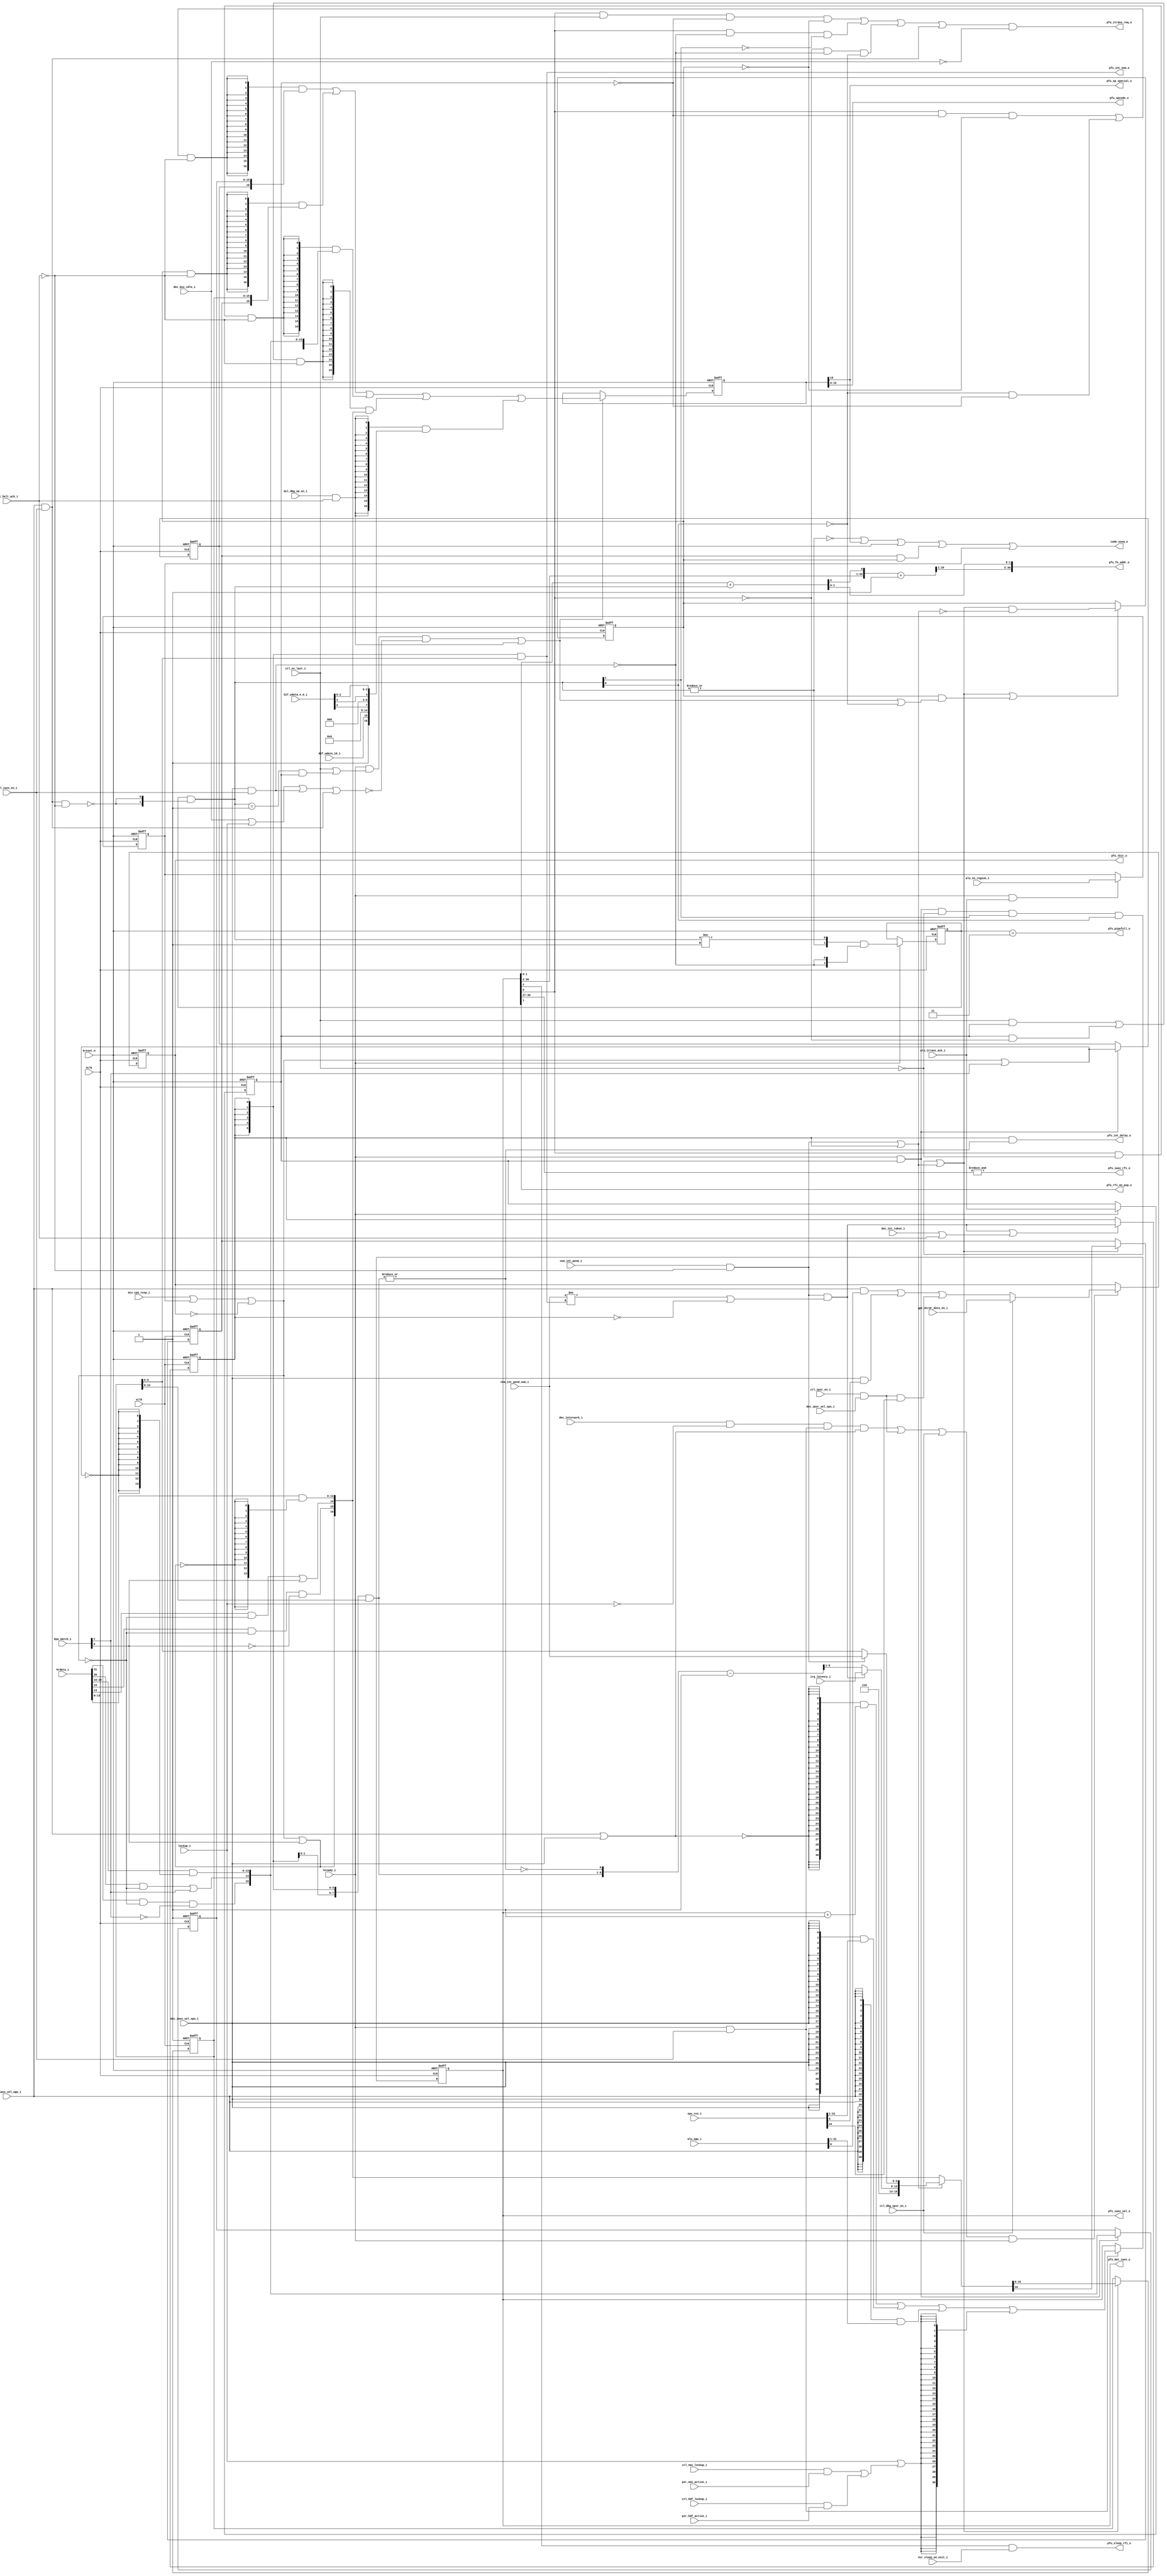
//-----------------------------------------------------------------------------
// The confidential and proprietary information contained in this file may
// only be used by a person authorised under and to the extent permitted
// by a subsisting licensing agreement from ARM Limited.
//
//            (C) COPYRIGHT 2008-2009 ARM Limited.
//                ALL RIGHTS RESERVED
//
// This entire notice must be reproduced on all copies of this file
// and copies of this file may only be made by a person if such person is
// permitted to do so under the terms of a subsisting license agreement
// from ARM Limited.
//
//      SVN Information
//
//      Checked In          : $Date: 2009-03-09 09:58:54 +0000 (Mon, 09 Mar 2009) $
//
//      Revision            : $Revision: 103214 $
//
//      Release Information : Cortex-M0-AT510-r0p0-00rel0
//-----------------------------------------------------------------------------

//-----------------------------------------------------------------------------
// CORTEX-M0 CORE INSTRUCTION PREFETCH UNIT
//-----------------------------------------------------------------------------

module cm0_core_pfu
  #(parameter CBAW = 0,
    parameter DBG  = 1,
    parameter RAR  = 0)

   (input  wire        sclk,                // system clock
    input  wire        hclk,                // gated AHB clock
    input  wire        hreset_n,            // system reset

    output wire        code_nseq_o,         // fetch non-sequential

    output wire [15:0] pfu_opcode_o,        // opcode for decoder
    output wire        pfu_op_special_o,    // opcode is special
    output wire [30:0] pfu_fe_addr_o,       // half-word fetch address
    output wire        pfu_iaex_rfi_o,      // IAEX value is an EXC_RETURN
    output wire        pfu_itrans_req_o,    // prefetch transaction request
    output wire        pfu_rfi_on_psp_o,    // EXC_RETURN selects PSP
    output wire        pfu_sleep_rfi_o,     // returning to Thread with SoE
    output wire        pfu_tbit_o,          // architectural T-bit
    output wire [30:0] pfu_iaex_val_o,      // instruction address of execute
    output wire [30:0] pfu_dwt_iaex_o,      // PCSR value for watchpoint unit
    output wire [ 5:0] pfu_int_num_o,       // registered exception number
    output wire        pfu_int_delay_o,     // delay for jitter suppression
    output wire        pfu_pipefull_o,      // pipeline is full

    input  wire        hready_i,            // AHB ready / core advance
    input  wire [31:0] hrdata_i,            // AHB read-data
    input  wire [ 7:0] irq_latency_i,       // interrupt latency value
    input  wire        lockup_i,            // core is in LOCKUP

    input  wire [31:0] alu_agu_i,           // address for ALU
    input  wire        alu_itrans_ack_i,    // fetch transaction acknowledge
    input  wire        alu_xn_region_i,     // fetch is to execute-never region
    input  wire [ 1:0] bpu_match_i,         // breakpoint unit matches fetch
    input  wire        ctl_ex_last_i,       // core retiring
    input  wire        ctl_iaex_en_i,       // enable update of IAEX (PC)
    input  wire        ctl_xpsr_en_i,       // write to xPSR (including T-bit)
    input  wire        ctl_dbg_xpsr_en_i,   // debug xPSR access
    input  wire        ctl_nmi_lockup_i,    // inject LOCKUP on NMI fetch
    input  wire        ctl_hdf_lockup_i,    // inject LOCKUP on HardFault fetch
    input  wire        ctl_halt_ack_i,      // core has halted
    input  wire        dec_bus_idle_i,      // core forces bus to idle
    input  wire        dec_interwork_i,     // interworking update, sets T-bit
    input  wire        dec_iaex_sel_agu_i,  // update IAEX from ALU address
    input  wire        dec_iaex_sel_spu_i,  // update IAEX from load-data
    input  wire        dec_xpsr_sel_spu_i,  // update T-bit from load-data
    input  wire        dec_int_taken_i,     // interrupt taken
    input  wire        dif_wdata_16_i,      // DCRSR write data
    input  wire [ 4:0] dif_wdata_4_0_i,     // DCRSR write data
    input  wire        gpr_dcrdr_data_24_i, // T-bit from previous DCRDR write
    input  wire        msl_dbg_op_en_i,     // load opcode on DCRSR
    input  wire        mtx_cpu_resp_i,      // AHB error response
    input  wire        nvm_int_pend_i,      // interrupt pending
    input  wire [ 5:0] nvm_int_pend_num_i,  // pending interrupt number
    input  wire        nvr_sleep_on_exit_i, // NVIC SLEEPONEXIT bit
    input  wire        psr_nmi_active_i,    // IPSR is NMI
    input  wire        psr_hdf_active_i,    // IPSR is HardFault
    input  wire [31:0] spu_res_i);          // load data from SPU

   // ------------------------------------------------------------
   // Configurability
   // ------------------------------------------------------------

   wire       cfg_dbg = (CBAW == 0) ? (DBG != 0) : 1'bZ;
   wire       cfg_rar = (CBAW == 0) ? (RAR != 0) : 1'bZ;

   // ------------------------------------------------------------
   // Local prefetch control and buffer state
   // ------------------------------------------------------------

   reg         tbit;       // architectural Thumb-state bit

   reg  [30:0] iaex;       // address of instruction in execute
   reg  [ 1:0] delta;      // gap between fetch address and iaex

   reg  [16:0] ibuf_de;    // opcode buffer
   reg  [16:0] ibuf_hi;    // primary opcode holding buffer
   reg  [16:0] ibuf_lo;    // secondary opcode holding buffer

   reg         data_phase; // I-side data-phase tracker
   reg         lo_valid;   // contents of ibuf_lo valid flag
   reg         xn_fault;   // data-phase for XN fetch
   reg         delay_mode; // IRQ jitter suppression active flag

   // ------------------------------------------------------------
   // Mask inputs based upon configuration
   // ------------------------------------------------------------

   wire        halt_ack      = cfg_dbg ? ctl_halt_ack_i    : 1'b0;
   wire        dbg_xpsr_en   = cfg_dbg ? ctl_dbg_xpsr_en_i : 1'b0;
   wire [ 4:0] dif_wdata_4_0 = cfg_dbg ? dif_wdata_4_0_i   : 5'b0;
   wire        dif_wdata_16  = cfg_dbg ? dif_wdata_16_i    : 1'b0;

   // ------------------------------------------------------------
   // Generate extra reset signal for reset-all-registers config
   // ------------------------------------------------------------

   wire        rar_reset_n   = cfg_rar ? hreset_n : 1'b1;

   // ------------------------------------------------------------
   // IAEX looks like a return-from-interrupt
   // ------------------------------------------------------------

   // exception return is invoked by either POP {...,PC} or BX
   // instructions updating the PC with a value of the form
   // 0xF???????

   wire        iaex_rfi  = &iaex[30:27];

   // determine should it be a return whether we should unstack
   // from the PSP or not

   wire        rfi_on_psp = iaex[1];

   // ------------------------------------------------------------
   // Sleep-on-exit return type
   // ------------------------------------------------------------

   // once performing the return, iaex[2] indicates whether we
   // are returning to Thread-mode or not; if we are, and the
   // SLEEPONEXIT bit within the NVIC is set, then the execute
   // state-machine should enter sleep at the earliest
   // opportunity

   wire        sleep_rfi = iaex[2] & nvr_sleep_on_exit_i;

   // ------------------------------------------------------------
   // Identify bus load and AGU move to the PC
   // ------------------------------------------------------------

   // execute can request updates to the PC either via a move
   // type operation, or via a load type operation; move type
   // operations are required to have performed the address
   // phase for the PFU, where as load type operations will
   // result in the PFU issuing an address phase in the following
   // cycle

   wire        load_to_pc = dec_iaex_sel_spu_i & ctl_iaex_en_i;
   wire        move_to_pc = dec_iaex_sel_agu_i & ctl_iaex_en_i;

   // ------------------------------------------------------------
   // IAEX delta control
   // ------------------------------------------------------------

   // on an program flow change, e.g. branch or PC load, the
   // iaex register contains the address of the instruction we
   // would *like* to be in execute, at that moment in time it
   // is also the fetch address, suitable for placing on the bus;
   // on each subsequent HREADY cycle, the delta count is advanced
   // until the iaex instruction really is in execute, at which
   // point the fetch-address and iaex value are at there normal
   // distances apart

   // delta is effectively a saturating 2-bit up counter:
   //   00 -> 01 -> 10 -> 11 -> 11

   wire        delta_msk = move_to_pc & ~halt_ack;
   wire [ 1:0] delta_val = delta & {2{~delta_msk}};

   wire [ 1:0] delta_nxt = ( { |delta_val, delta_val != 2'b01 } &
                             {2{~load_to_pc}} );

   // ------------------------------------------------------------
   // Generate fetch addr / decode-time-PC or masked return-PC
   // ------------------------------------------------------------

   // this is generated as a 2-bit full adder with carry-out
   // chained to a 30-bit half adder to provide optimal synthesis
   // results; this is equivalent to:

   //    wire [30:0] fe_addr = iaex + delta_val;

   wire [ 2:0] fe_f_add = iaex[1:0] + delta_val[1:0];
   wire [29:0] fe_h_add = { iaex[30:2], fe_f_add[2] } + 1'b1;

   wire [30:0] fe_addr  = { fe_h_add[29:1],   // top from half-add
                            fe_f_add[ 1:0] }; // bot from full-add

   // ------------------------------------------------------------
   // Advance IAEX
   // ------------------------------------------------------------

   // for simply sequential execution, the instruction address in
   // execute (iaex) is incremented everytime an instruction
   // retires from execute, this is signalled via iaex_en without
   // an accompanying iaex_agu or iaex_spu signal

   // for branches and MOV to PC, the value from the core_alu is
   // provided with iaex_agu

   // for POP {...,PC}, vector loads and return from exception,
   // the value from core_spu is provided with iaex_spu

   // in addition to these three normal behaviours, the ARMv6-M
   // architecture defines a LOCKUP scenario, whereby the PC is
   // set to 0xFFFFFFFF; Cortex-M0 implements this via an execute
   // time lockup signal (lockup_i) and via a defered lock-on
   // signals for both HardFault and NMI; the execute signal
   // takes immediate effect, whilst the HardFault and NMI
   // deferred LOCKUPs function by overriding the vector fetch, or
   // first PC fetched on entry, or return to NMI and HardFault
   // level respectively

   wire [30:0] iaex_inc = iaex + 1'b1;

   wire        iaex_seq = ~(dec_iaex_sel_agu_i | dec_iaex_sel_spu_i);

   wire        late_lock = ( ctl_nmi_lockup_i & psr_nmi_active_i |
                             ctl_hdf_lockup_i & psr_hdf_active_i );

   wire [30:0] iaex_nxt = ( {31{iaex_seq}} & iaex_inc |
                            {31{dec_iaex_sel_spu_i}} & spu_res_i[31:1] |
                            {31{dec_iaex_sel_agu_i}} & alu_agu_i[31:1] |
                            {31{lockup_i | late_lock}} );

   wire        iaex_en  = hready_i & ctl_iaex_en_i;

   // ------------------------------------------------------------
   // T-bit control
   // ------------------------------------------------------------

   // the Thumb State bit (T-bit) can be updated via any
   // interworking instruction (POP {..,PC}, BX, BLX), exception
   // entry (based upon bit[0] of the vector value), on
   // exception return (based upon bit[24] of the stacked xPSR),
   // or via a direct xPSR write in debug (again on bit[24]); it
   // is not possible to modify the T-bit using an MSR instruction

   // the T-bit update cycle during exception return is the
   // same cycle that the exception-number gets loaded from
   // memory; the interworking cases are identical to the iaex
   // rules, but only applied when signalled as being from an
   // interworking instruction by execute, and not a transition
   // to LOCKUP

   wire        xpsr_load    = ctl_xpsr_en_i & dec_xpsr_sel_spu_i;

   wire        tbit_nxt_raw = ( dec_iaex_sel_agu_i & alu_agu_i[0] |
                                dec_iaex_sel_spu_i & spu_res_i[0] |
                                xpsr_load & spu_res_i[24] );

   wire        tbit_nxt     = dbg_xpsr_en ? gpr_dcrdr_data_24_i : tbit_nxt_raw;

   wire        interwork    = ( dec_interwork_i &
                                ~lockup_i &
                                iaex_en &
                                ~iaex_seq );

   wire        tbit_en      = ( interwork   |
                                xpsr_load   |
                                dbg_xpsr_en ) & hready_i;

   // ------------------------------------------------------------
   // Generate debug opcode
   // ------------------------------------------------------------

   // the ARMv6-M debug architecture defines the DCRSR, which
   // is used to provoke the core to accept or return the current
   // values of the register file and/or status flags; to reduce
   // gate count, this is implemented simply by allowing the
   // debugger to write into the opcode register whilst the core
   // is halted; the operation is driven on dif_wdata, with
   // bit[16] being 0 indicating a read request, and 1 indicating
   // a write request, the register mappings are as follows:

   //          +++++-- dif_wdata[4:0]
   //          |||||
   //   r0     00000
   //   r1     00001
   //          0....
   //   r13    01101
   //   r14    01110
   //   PC     01111
   //   xPSR   10000
   //   MSP    10001
   //   PSP    10010
   //   misc   10100 {CONTROL, PRIMASK}

   wire        dbg_op_en_ok = msl_dbg_op_en_i & halt_ack;
   wire        dbg_op_en    = cfg_dbg ? dbg_op_en_ok : 1'b0;

   wire [16:0] dcrsr_op_raw = { 1'b1,               // special
                                dif_wdata_16,       // 15
                                {7{1'b0}},          // 14:8
                                dif_wdata_4_0[3],   // 7
                                {3{1'b0}},          // 6:4
                                dif_wdata_4_0[4],   // 3
                                dif_wdata_4_0[2],   // 2
                                dif_wdata_4_0[1],   // 1
                                dif_wdata_4_0[0] }; // 0

   wire [16:0] dcrsr_op = cfg_dbg ? dcrsr_op_raw : {17{1'b0}};

   // ------------------------------------------------------------
   // Generate debug pipefull
   // ------------------------------------------------------------

   // in order to implement PC watchpoints in the DWT, it is also
   // necessary to determine when the PC should be sampled so
   // as to generate an asynchronous event; in order to prevent
   // triggering during a PFU re-fill following a branch type
   // operation (which would result in a synchronous halt on
   // final decode of the target instruction), it is necessary
   // to determine whether or not the re-fill is complete

   wire        pipefull = delta[1:0] == 2'b11;

   // ------------------------------------------------------------
   // Generate read data values with special bits for faults/BKPTs
   // ------------------------------------------------------------

   // HRESP errors, execute never (XN) faults, and execution with
   // the T-bit clear are all handled in an identical manner as
   // ARMv6-M does not provide any status information to allow
   // programmer model differentiation between the respective
   // causes; the granularity of these exceptions is the entire
   // fetch

   wire        fe_fault = mtx_cpu_resp_i | xn_fault | ~tbit;

   // in addition to faults, breakpoints are also implemented
   // via the fetch mechanism, however, the granularity is
   // half-word, with each of the BPU match signals from the BPU
   // indicating whether the top or bottom half of the fetched
   // word triggered a hit

   wire        debug_hi = bpu_match_i[1];
   wire        debug_lo = bpu_match_i[0];

   // in addition to a 16-bit opcode, the core decoder also
   // accepts a 17th "special" bit; this bit indicates that
   // the opcode is not an ARMv6-M instruction, and is instead
   // either a breakpointed or a faulting instruction, each of
   // the two final special+opcode combinations is either:

   //                SPECIAL  OPCODE
   //   instruction  0        <opcode>
   //   breakpoint   1        010....0
   //   fault        1        000....0

   // with breakpoints having priority over faults, the lower
   // 14-bits are not used, but are masked as for XN faults
   // no-address phase was actually issued, so HRDATA may
   // contain X's

   wire        special_hi = fe_fault | debug_hi;
   wire        special_lo = fe_fault | debug_lo;

   wire [16:0] rdata_hi =
               { special_hi,
                 hrdata_i[31]    & ~fe_fault & ~debug_hi,
                 hrdata_i[30]    & ~fe_fault |  debug_hi,
                 hrdata_i[29:16] & {14{~special_hi}} };

   wire [16:0] rdata_lo =
               { special_lo,
                 hrdata_i[15]    & ~fe_fault & ~debug_lo,
                 hrdata_i[14]    & ~fe_fault |  debug_lo,
                 hrdata_i[13: 0] & {14{~special_lo}} };

   // ------------------------------------------------------------
   // Data-phase tracker generation
   // ------------------------------------------------------------

   // data_phase_nxt derives whether this cycle is an address
   // phase for an instruction fetch, either as the result of
   // a fetch issued by the PFU, or as the result of a transaction
   // issued by execute's AGU

   // transactions are issued so as to ensure that the opcode
   // buffer will be populated in time to ensure that no stall
   // cycles are introduced in execute due to starvation,
   // this requires a fetch every other cycle for single cycle
   // operations, or fetches back-to-back following a branch
   // to a non-word aligned target

   wire        itrans_req_raw =
               (  iaex[0] & ctl_ex_last_i & ~data_phase & ~lo_valid |
                  iaex[0] & ~load_to_pc & ~delta_val[1] |
                 ~iaex[0] & ~load_to_pc & ~delta_val[0] |
                  move_to_pc );

   wire        itrans_req     = itrans_req_raw & ~dec_bus_idle_i;
   wire        data_phase_nxt = alu_itrans_ack_i;

   // CODENSEQ is provided as a performance hint to the memory
   // system, it guarantees that the current instruction fetch
   // is sequential to the previous instruction fetch unless it
   // signals otherwise; note that CODENSEQ is pessimistic in
   // implementation so as to ensure correct behaviour at minimal
   // gate cost

   wire        code_nseq     = ( ~|delta_val  |
                                  ibuf_de[16] |
                                  ibuf_hi[16] |
                                  ibuf_lo[16] & lo_valid |
                                  xn_fault );

   // ------------------------------------------------------------
   // Instruction buffer enable generation
   // ------------------------------------------------------------

   // ibuf_de holds the opcode currently in decode; this requires
   // updating on a pipe-refill following a branch/load-PC
   // (detected by the current IAEX delta value), on retirement
   // of a real-instruction, or via an instruction forced in via
   // the debug DCRSR

   // in order to reduce power due to unnecessary enables, and to
   // prevent potential loading of 'X' data from validation,
   // enabling needs suppressing if the address/data phase of the
   // transaction gets retracted, or if a program flow change
   // occurs, i.e. the subsequent instructions will not get
   // executed

   wire        ibuf_refill = (delta_val == 2'b01) & data_phase;
   wire        ibuf_retire = ctl_ex_last_i | ibuf_refill;

   wire        ibuf_hold   = ( dec_bus_idle_i | lockup_i |
                               load_to_pc | move_to_pc);

   wire        ibuf_de_en  = ( hready_i & ibuf_retire & ~ibuf_hold |
                               dbg_op_en );

   // ibuf_hi is used to hold the upper 16-bits of each 32-bit
   // AHB fetch request; as such its enable is simply based on
   // an instruction side data-phase being underway; this results
   // in the frequency of ibuf_hi_en being roughly half that of
   // ibuf_de_en

   wire        ibuf_hi_en = hready_i & data_phase;

   // ibuf_lo serves two purposes; the first is to temporarily
   // store the lower 16-bits of an AHB fetch in the cases where
   // the opcode in ibuf_de is stalled by a multi-cycle operation
   // in execute; the second is to perform cycle counting for
   // interrupt jitter suppression

   // the interrupt jitter suppression task takes precedence
   // over opcode buffering as the resultant interrupt will
   // result in the opcode being redundant

   wire        int_pend   = nvm_int_pend_i & ~halt_ack;
   wire        int_mode   = int_pend | delay_mode;

   wire        fe_third    = ( ibuf_hi_en & ~ctl_ex_last_i &
                              delta_val[1] & delta_val[0] );

   wire        ibuf_lo_en = fe_third | int_mode;

   // normally the next value for ibuf_de is taken either from
   // ibuf_hi or from AHB, however, in the case where a fetch
   // has been stored in ibuf_lo, we must take the opcode from
   // there; the validity of ibuf_lo is tracked in an additional
   // register which is set whenever ibuf_lo is loaded, and
   // cleared when it is either consumed, or when a branch/load-PC
   // makes ibuf_lo obsolete

   wire        lo_flush     = lo_valid & (ibuf_de_en | ~delta_val[0]);
   wire        lo_valid_nxt = ibuf_lo_en & ~int_mode;
   wire        lo_valid_en  = ibuf_lo_en | lo_flush;

   // ------------------------------------------------------------
   // Interrupt jitter suppression logic
   // ------------------------------------------------------------

   // to remove interrupt jitter, the PFU maintains a count of
   // SCLK cycles since either the NVIC int-pend input became
   // set, or the priority of the highest pending interrupt
   // changed

   // the 8-bit cycle count is stored in bits[13:6] of the ibuf_lo
   // register, whilst the last 6-bit interrupt (IPSR) number is
   // retained in bits[5:0]; these are masked with being in
   // delay_mode in order to reduce dynamic power

   wire [ 5:0] int_num       = {6{delay_mode}} & ibuf_lo[5:0];
   wire [ 7:0] int_count     = {8{delay_mode}} & ibuf_lo[13:6];

   wire        int_num_diff  = nvm_int_pend_num_i != int_num;
   wire        reset_count   = int_pend & (int_num_diff | ~delay_mode);
   wire        count_active  = |int_count;

   // int_count_dec is implemented in a similar way to fe_addr,
   // infering a half-subtract chain rather than a full-subtractor,
   // this is equivalent to:

   //    wire [ 7:0] int_count_dec = int_count - (count_active);

   wire [ 8:0] int_count_sub = { int_count, ~count_active } - 1'b1;
   wire [ 7:0] int_count_dec = int_count_sub[8:1];

   wire [ 7:0] int_count_nxt = reset_count ? irq_latency_i : int_count_dec;

   wire        delay_mode_set = reset_count;
   wire        delay_mode_clr = dec_int_taken_i | halt_ack;
   wire        delay_mode_en  = delay_mode_set | delay_mode_clr;
   wire        delay_mode_nxt = delay_mode_set;

   wire        int_delay      = delay_mode & count_active;

   wire [ 5:0] pend_num_nxt   = int_pend ? nvm_int_pend_num_i : ibuf_lo[5:0];
   wire [16:0] ibuf_lo_delay  = {3'b110, int_count_nxt, pend_num_nxt};

   // ------------------------------------------------------------
   // Instruction buffer selection update logic
   // ------------------------------------------------------------

   // the decode opcode buffer, ibuf_de, has five potential
   // sources for its next opcode; either of the other two
   // instruction buffers, either half of the AHB bus, or
   // directly from the debug write-data for DCRSR operations

   // if not in debug, then:
   //
   //   - select ibuf_hi if IAEX is word aligned and we are
   //     not in a data-phase and ibuf_lo isn't valid,
   //     or, we are refilling and not in a data-phase
   //
   //   - select ibuf_lo if it is valid
   //
   //   - select the upper half of the AHB if IAEX is unaligned
   //     and we are not yet executing any instruction, e.g.
   //     as the result of a branch to a half-word aligned
   //     address
   //
   //   - select the lower half of the AHB IAEX is aligned and
   //     we are in a data-phase, i.e. normal fetch behaviour
   //
   // else, if debug and a DCRSR write is performed
   //
   //   - use the DCRSR generated opcode

   wire        use_buf_hi = ( iaex[0] & ~data_phase & ~lo_valid |
                              ~delta_val[0] & ~data_phase );

   wire        use_buf_lo = lo_valid;

   wire        use_bus_hi = iaex[0] & ~ctl_ex_last_i;

   wire        use_bus_lo = ( ctl_ex_last_i & data_phase |
                              data_phase & ~iaex[0] );

   // factor in halt acknowledge

   wire        sel_buf_hi = use_buf_hi & ~halt_ack;
   wire        sel_buf_lo = use_buf_lo & ~halt_ack;
   wire        sel_bus_hi = use_bus_hi & ~halt_ack;
   wire        sel_bus_lo = use_bus_lo & ~halt_ack;
   wire        sel_dbg_op = dbg_op_en;

   // use select signals to multiplex between the five options
   // for ibuf_de; ibuf_hi is only ever loaded from AHB, whilst
   // ibuf_lo has the option of either being loaded from the
   // lower half of AHB, or from the delay timer logic

   wire [16:0] ibuf_de_nxt = ( {17{sel_buf_hi}} & ibuf_hi  |
                               {17{sel_buf_lo}} & ibuf_lo  |
                               {17{sel_bus_hi}} & rdata_hi |
                               {17{sel_bus_lo}} & rdata_lo |
                               {17{sel_dbg_op}} & dcrsr_op );

   wire [16:0] ibuf_hi_nxt = rdata_hi;
   wire [16:0] ibuf_lo_nxt = int_mode ? ibuf_lo_delay : rdata_lo;

   // ------------------------------------------------------------
   // Execute never (XN) early HRESP fault generation
   // ------------------------------------------------------------

   // the ALU determines whether or not an instruction fetch is
   // to an execute never (XN) region during its address phase;
   // this must be registered for use in the opcode fetch
   // data-phase

   wire        xn_fault_nxt = alu_xn_region_i;
   wire        xn_fault_en  = hready_i & data_phase_nxt;

   // ------------------------------------------------------------
   // Synchronous state update
   // ------------------------------------------------------------

   // delay_mode needs to run of SCLK in order to provide the
   // correct response even if HCLK is being gated via SLEEPING

   always @(posedge sclk or negedge hreset_n)
     if(~hreset_n)
       delay_mode <= 1'b0;
     else if(delay_mode_en)
       delay_mode <= delay_mode_nxt;

   always @(posedge hclk or negedge hreset_n)
     if(~hreset_n)
       delta <= 2'b11;
     else if(hready_i)
       delta <= delta_nxt;

   always @(posedge hclk or negedge hreset_n)
     if(~hreset_n)
       iaex <= {31{1'b1}};
     else if(iaex_en)
       iaex <= iaex_nxt;

   always @(posedge hclk or negedge hreset_n)
     if(~hreset_n)
       data_phase <= 1'b0;
     else if(hready_i)
       data_phase <= data_phase_nxt;

   always @(posedge hclk or negedge hreset_n)
     if(~hreset_n)
       lo_valid <= 1'b0;
     else if(lo_valid_en)
       lo_valid <= lo_valid_nxt;

   // ibuf_lo contains the interrupt jitter counter so, like
   // delay_mode, also requires clocking using SCLK

   always @(posedge sclk or negedge hreset_n)
     if(~hreset_n)
       ibuf_lo[16] <= 1'b1;
     else if(ibuf_lo_en)
       ibuf_lo[16] <= ibuf_lo_nxt[16];

   always @(posedge sclk or negedge rar_reset_n)
     if(~rar_reset_n)
       ibuf_lo[15:0] <= {16{1'b1}};
     else if(ibuf_lo_en)
       ibuf_lo[15:0] <= ibuf_lo_nxt[15:0];

   always @(posedge hclk or negedge hreset_n)
     if(~hreset_n)
       ibuf_hi[16] <= 1'b1;
     else if(ibuf_hi_en)
       ibuf_hi[16] <= ibuf_hi_nxt[16];

   always @(posedge hclk or negedge rar_reset_n)
     if(~rar_reset_n)
       ibuf_hi[15:0] <= {16{1'b1}};
     else if(ibuf_hi_en)
       ibuf_hi[15:0] <= ibuf_hi_nxt[15:0];

   always @(posedge hclk or negedge hreset_n)
     if(~hreset_n)
       ibuf_de <= {17{1'b1}};
     else if(ibuf_de_en)
       ibuf_de <= ibuf_de_nxt;

   always @(posedge hclk or negedge hreset_n)
     if(~hreset_n)
       tbit <= 1'b1;
     else if(tbit_en)
       tbit <= tbit_nxt;

   always @(posedge hclk or negedge hreset_n)
     if(~hreset_n)
       xn_fault <= 1'b1;
     else if(xn_fault_en)
       xn_fault <= xn_fault_nxt;

   // ------------------------------------------------------------
   // Output assignments
   // ------------------------------------------------------------

   assign      code_nseq_o      = code_nseq;
   assign      pfu_opcode_o     = ibuf_de[15:0];
   assign      pfu_op_special_o = ibuf_de[16];
   assign      pfu_fe_addr_o    = fe_addr;
   assign      pfu_iaex_rfi_o   = iaex_rfi;
   assign      pfu_rfi_on_psp_o = rfi_on_psp;
   assign      pfu_itrans_req_o = itrans_req;
   assign      pfu_sleep_rfi_o  = sleep_rfi;
   assign      pfu_tbit_o       = tbit;
   assign      pfu_iaex_val_o   = iaex[30:0];
   assign      pfu_int_num_o    = int_num;
   assign      pfu_int_delay_o  = int_delay;
   assign      pfu_dwt_iaex_o   = cfg_dbg ? iaex[30:0] : 31'b0;
   assign      pfu_pipefull_o   = cfg_dbg ? pipefull   :  1'b0;

   // ------------------------------------------------------------

`ifdef ARM_ASSERT_ON
   // ------------------------------------------------------------
   // Assertions
   // ------------------------------------------------------------

 `include "std_ovl_defines.h"

   // register enable X check
   assert_never_unknown
     #(`OVL_FATAL,10,`OVL_ASSERT,"Register enables must never be X")
   u_asrt_reg_en_x
     (.clk       (hclk),
      .reset_n   (hreset_n),
      .qualifier (1'b1),
      .test_expr ({ delay_mode_en,
                    hready_i,
                    iaex_en,
                    hready_i,
                    lo_valid_en,
                    ibuf_lo_en,
                    ibuf_hi_en,
                    ibuf_de_en,
                    tbit_en,
                    xn_fault_en }));

   // check that a consistent source is choosen for next IAEX
   assert_implication
     #(`OVL_FATAL,`OVL_ASSERT,"Next IAEX value must be consistent")
   u_asrt_iaex_next
     (.clk(hclk), .reset_n(hreset_n),
      .antecedent_expr(iaex_en),
      .consequent_expr(lockup_i | late_lock |
                       ((iaex_nxt == alu_agu_i[31:1]) | ~dec_iaex_sel_agu_i) &
                       ((iaex_nxt == spu_res_i[31:1]) | ~dec_iaex_sel_spu_i) &
                       ((iaex_nxt == iaex_inc) | ~iaex_seq)));

   // check that a consistent source is choosen for next T-bit
   assert_implication
     #(`OVL_FATAL,`OVL_ASSERT,"Next T-bit value must be consistent")
   u_asrt_tbit_next
     (.clk(hclk), .reset_n(hreset_n),
      .antecedent_expr(tbit_en),
      .consequent_expr(dbg_xpsr_en |
                       ((tbit_nxt == alu_agu_i[0])  | ~dec_iaex_sel_agu_i) &
                       ((tbit_nxt == spu_res_i[0])  | ~dec_iaex_sel_spu_i) &
                       ((tbit_nxt == spu_res_i[24]) | ~xpsr_load)));

   // check implementation optimised fe_addr matches behavioural
   wire [30:0] asrt_fe_addr = iaex + delta_val;

   assert_always
     #(`OVL_ERROR,`OVL_ASSERT,
       "Implemented fe_addr must equal iaex + delta_val")
   u_asrt_fe_addr_ok
     (.clk(hclk),
      .reset_n(hreset_n),
      .test_expr( fe_addr == asrt_fe_addr ));

   // check implementation optimised int_count_dec matches behavioural
   wire [ 7:0] asrt_int_count_dec = int_count - (count_active);

   assert_always
     #(`OVL_ERROR,`OVL_ASSERT,
       "Implemented int_count_dec must equal int_count - count_active")
   u_asrt_int_dec_count_ok
     (.clk(hclk),
      .reset_n(hreset_n),
      .test_expr( int_count_dec == asrt_int_count_dec ));

   // Check that a single source is chosen when updating opcode
   wire [4:0]  asrt_op_src = { sel_buf_hi, sel_buf_lo,
                               sel_bus_hi, sel_bus_lo,
                               sel_dbg_op };

   assert_one_hot
     #(`OVL_FATAL,5,`OVL_ASSERT,
       "Exactly one source must be selected for next opcode")
   u_asrt_next_op
     (.clk(hclk), .reset_n(hreset_n),
      .test_expr((ibuf_de_en & ~int_mode) ? asrt_op_src : 5'b00001));

   // T-bit known check
   assert_never_unknown
     #(`OVL_FATAL,1,`OVL_ASSERT,"T-bit must never be X")
   u_asrt_tbit_x
     (.clk(hclk), .reset_n(hreset_n), .qualifier(1'b1),
      .test_expr(tbit));

   // Programming error warning
   assert_never
     #(`OVL_INFO,`OVL_ASSERT,"Executing outside of Thumb state")
      u_info_tbit
        (.clk(hclk), .reset_n(hreset_n),
         .test_expr(ctl_ex_last_i & ~pfu_tbit_o));

   // Parameterisable configuration check
   assert_never_unknown
     #(`OVL_FATAL,32,`OVL_ASSERT,"CBAW config unknown")
   u_asrt_cfg_cbaw
     ( .clk(hclk), .reset_n(1'b1), .qualifier(1'b1),
       .test_expr(CBAW) );

   // Parameterisable configuration check
   assert_never_unknown
     #(`OVL_FATAL,1,`OVL_ASSERT,"DBG config unknown")
   u_asrt_cfg_dbg
     ( .clk(hclk), .reset_n(1'b1), .qualifier(1'b1),
       .test_expr(cfg_dbg) );

`endif

endmodule // cm0_core_pfu

//-----------------------------------------------------------------------------
// EOF
//-----------------------------------------------------------------------------